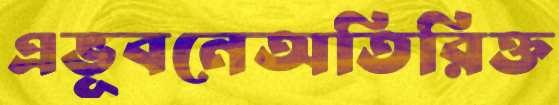
এভূবনেঅতিরিক্ত